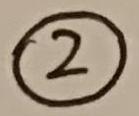
\textcircled{2}